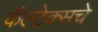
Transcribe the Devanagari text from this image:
कॅल्टेक्सचे